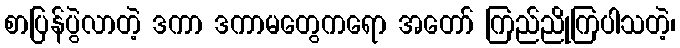
စာပြန်ပွဲလာတဲ့ ဒကာ ဒကာမတွေကရော အတော် ကြည်ညိုကြပါသတဲ့၊